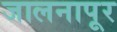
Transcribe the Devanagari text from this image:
जालनापूर